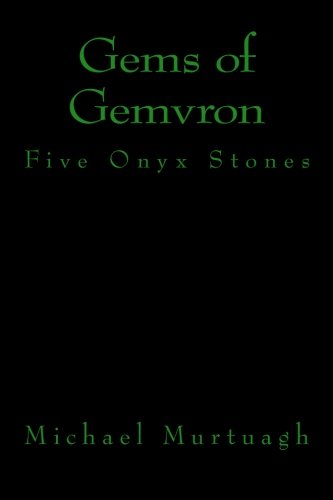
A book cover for Gems of Gemvron: Five Onyx Stones; Mr Michael J Murtuagh; Literature & Fiction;